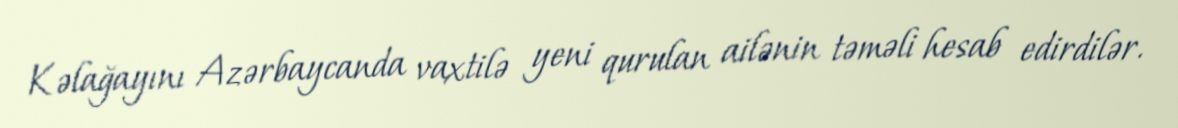
Kəlağayını Azərbaycanda vaxtilə yeni qurulan ailənin təməli hesab edirdilər.